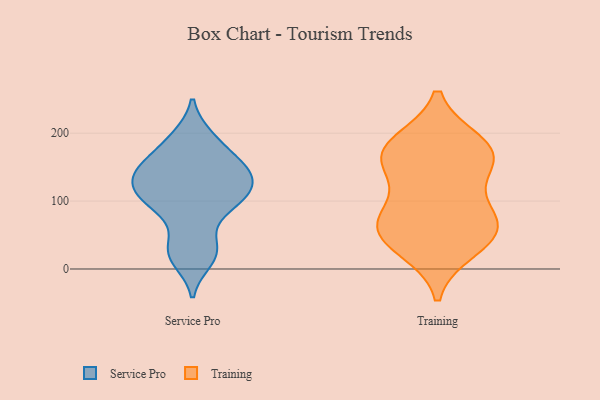
{"axis": {"x": "Revenue (USD Million)", "y": "Value"}, "legend": ["Service Pro", "Training"], "data": [{"x": "", "y": 153, "type": "Service Pro"}, {"x": "", "y": 127, "type": "Service Pro"}, {"x": "", "y": 20, "type": "Service Pro"}, {"x": "", "y": 36, "type": "Service Pro"}, {"x": "", "y": 98, "type": "Service Pro"}, {"x": "", "y": 81, "type": "Service Pro"}, {"x": "", "y": 121, "type": "Service Pro"}, {"x": "", "y": 195, "type": "Service Pro"}, {"x": "", "y": 13, "type": "Service Pro"}, {"x": "", "y": 147, "type": "Service Pro"}, {"x": "", "y": 95, "type": "Service Pro"}, {"x": "", "y": 129, "type": "Service Pro"}, {"x": "", "y": 170, "type": "Service Pro"}, {"x": "", "y": 151, "type": "Service Pro"}, {"x": "", "y": 128, "type": "Service Pro"}, {"x": "", "y": 152, "type": "Service Pro"}, {"x": "", "y": 194, "type": "Service Pro"}, {"x": "", "y": 106, "type": "Service Pro"}, {"x": "", "y": 29, "type": "Service Pro"}, {"x": "", "y": 105, "type": "Service Pro"}, {"x": "", "y": 176, "type": "Training"}, {"x": "", "y": 159, "type": "Training"}, {"x": "", "y": 51, "type": "Training"}, {"x": "", "y": 168, "type": "Training"}, {"x": "", "y": 31, "type": "Training"}, {"x": "", "y": 76, "type": "Training"}, {"x": "", "y": 158, "type": "Training"}, {"x": "", "y": 58, "type": "Training"}, {"x": "", "y": 56, "type": "Training"}, {"x": "", "y": 92, "type": "Training"}, {"x": "", "y": 184, "type": "Training"}]}